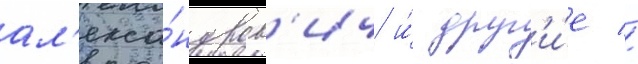
ал'екса́ндров'ич и́ друг'и́е //